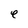
Character: e